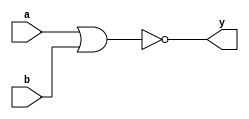
// 2-input NOR gate used in my programable-8-bit-microprocessor

module nor2_gate(
    input       a, b,     // 2-Input
    output      y);       // Output

    // GATE PRIMITIVE
    nor (y, a, b);

endmodule

module nor2_dataflow(
    input       a, b,     // 2-Input
    output      y);       // Output

    // CONTINUOUS ASSIGNMENT STATEMENT
    assign y = ~(a | b);

endmodule

module nor2_behavioral(
    input       a, b,     // 2-Input
    output reg  y);       // Output

    // ALWAYS BLOCK with NON-BLOCKING PROCEDURAL ASSIGNMENT STATEMENT
    always @(a or b) begin
        y <= ~(a | b);
    end

endmodule